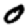
Digit: 0